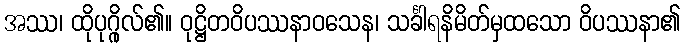
အဿ၊ ထိုပုဂ္ဂိုလ်၏။ ဝုဋ္ဌိတဝိပဿနာဝသေန၊ သင်္ခါရနိမိတ်မှထသော ဝိပဿနာ၏